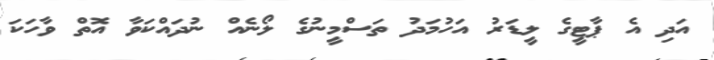
އަދި އެ ޕާޓީގެ ލީޑަރު އަހުމަދު ތަސްމީނުގެ ލޯނެއް ނުދައްކަވާ އޮތް ވާހަކަ